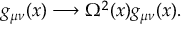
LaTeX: g _ { \mu \nu } ( x ) \longrightarrow \Omega ^ { 2 } ( x ) g _ { \mu \nu } ( x ) .